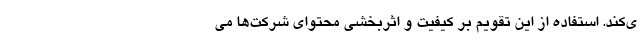
ی‌کند. استفاده از این تقویم بر کیفیت و اثربخشی محتوای شرکت‌ها می‌